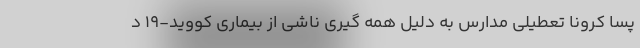
پسا کرونا تعطیلی مدارس به دلیل همه گیری ناشی از بیماری کووید-۱۹ د